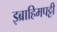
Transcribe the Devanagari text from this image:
इब्राहिमपट्टी